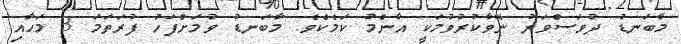
މާބަނޑު ދުވަސްވަރު ނޭވާކުރުވުމަކީ އާންމު ކަމެކެވެ. މާބަނޑު ވުމަށްފަހު ފުރަތަމަ 3 މަހާއި